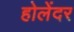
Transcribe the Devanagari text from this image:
होलेंदर